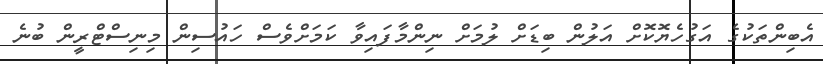
އެބިންތަކުގެ އަގުހެޔޮކޮށް އަލުން ބިޑަށް ލުމަށް ނިންމާފައިވާ ކަމަށްވެސް ހައުސިން މިނިސްޓްރީން ބުނެ